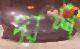
দার্শ